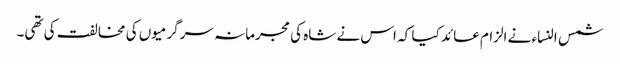
شمس النساء نے الزام عائد کیا کہ اس نے شاہ کی مجرمانہ سرگرمیوں کی مخالفت کی تھی۔